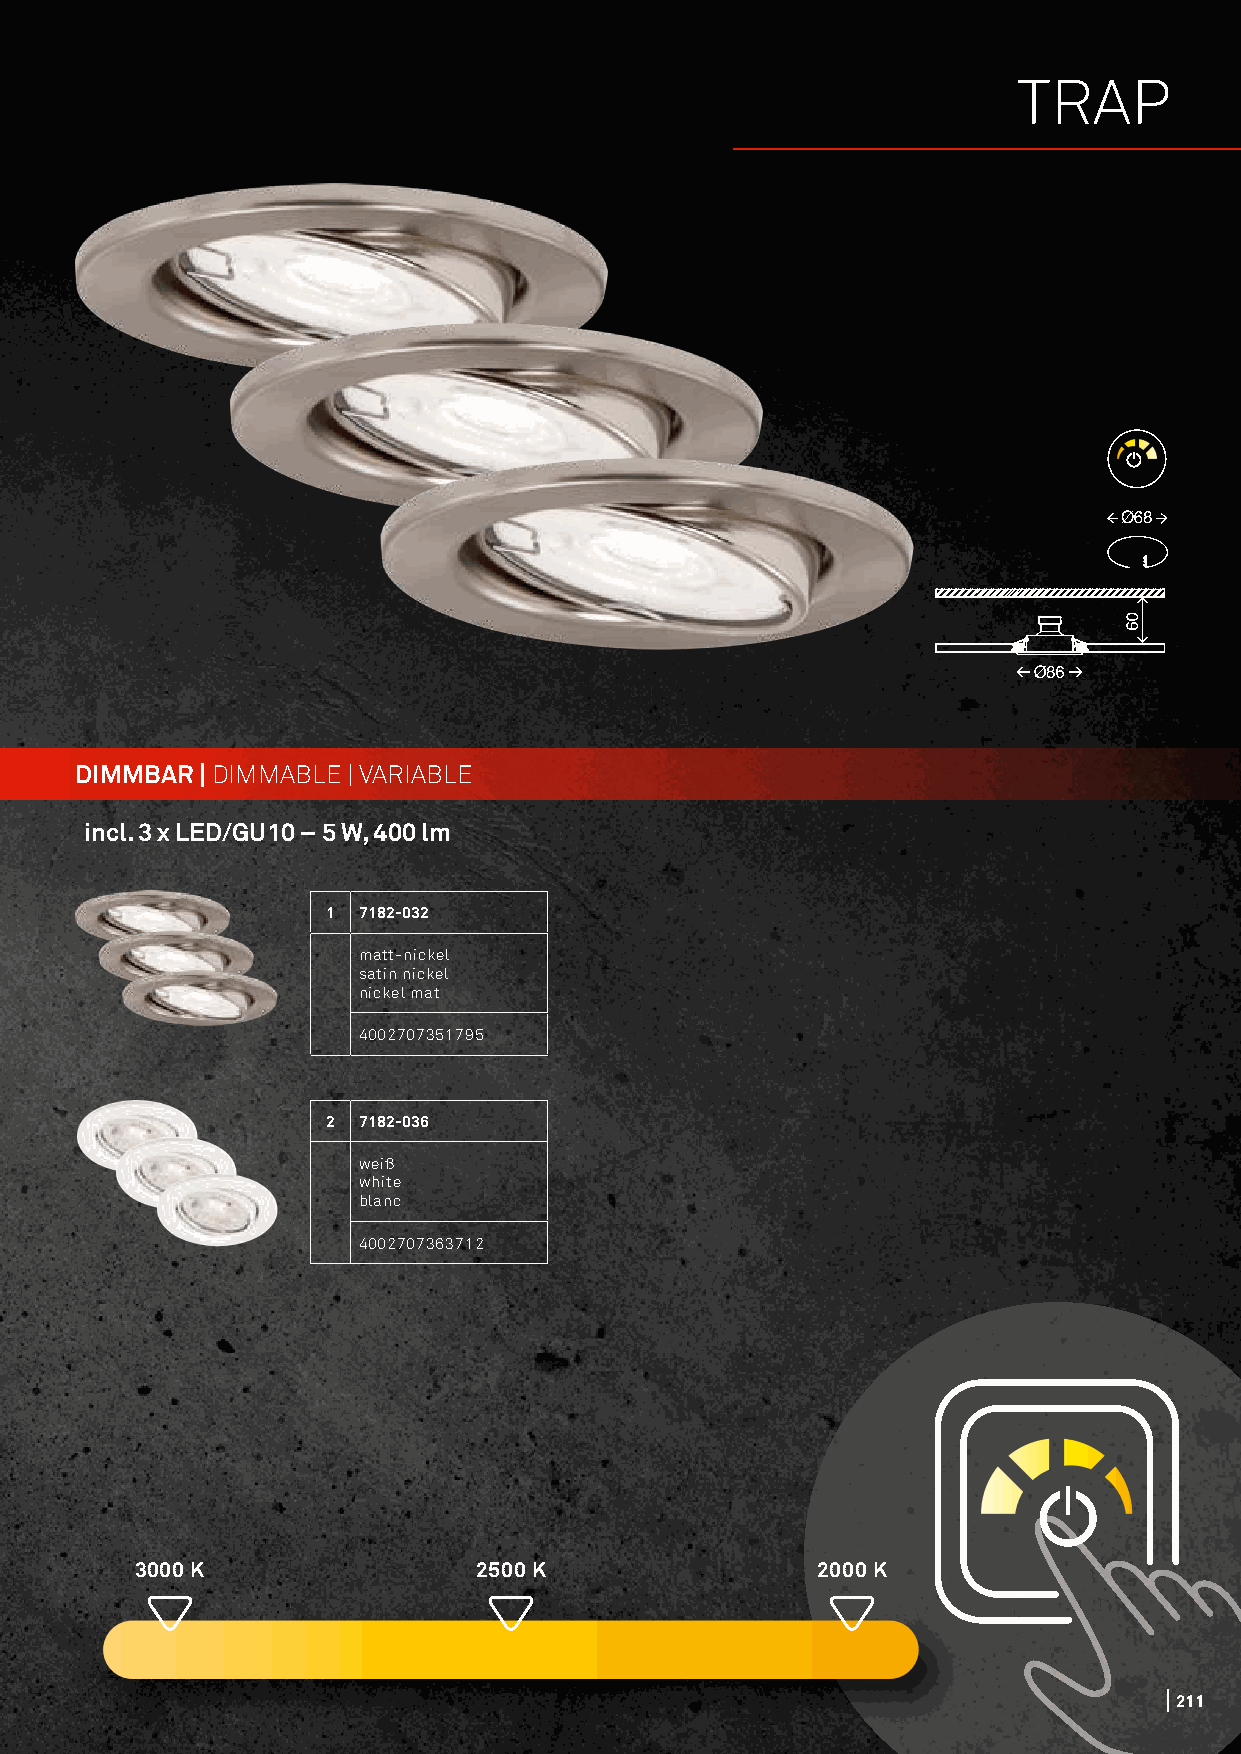
TRAP
 DIMMBAR | DIMMABLE | VARIABLE
 incl. 3 x LED/GU10 – 5 W, 400 lm
 1 7182-032
 matt-nickel
 satin nickel
 nickel mat
 4002707351795
 2 7182-036
 weiß
 white
 blanc
 4002707363712
 3000 K                 2500 K                2000 K
 221111